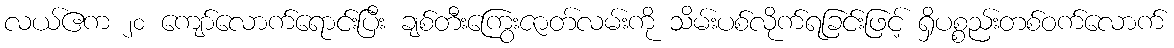
လယ်ဧက ၂၀ ကျော်လောက်ရောင်းပြီး ချစ်တီးကြွေးဇာတ်လမ်းကို သိမ်းပစ်လိုက်ရခြင်းဖြင့် ရှိပစ္စည်းတစ်ဝက်လောက်